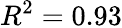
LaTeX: R^{2}=0.93